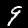
Digit: 9